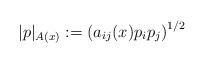
LaTeX: \begin{align*}|p|_{A(x)} := \left( a_{ij}(x) p_i p_j\right)^{1/2} \end{align*}